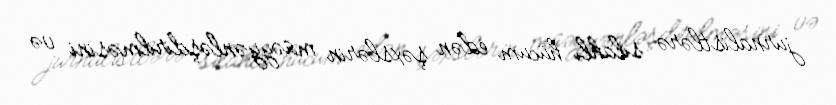
jurnalistlərə silahlı hücum edən şəxslərin müəyyənləşdirilməsini və